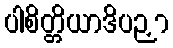
ပါစိတ္တိယာဒိပဉှာ